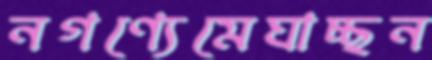
নগণ্যেমেঘাচ্ছন